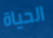
الحياة